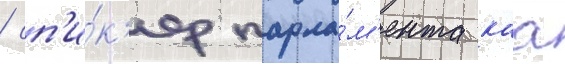
/ сп'и́к'ер парла́м'ента каа